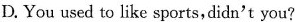
D. You used to like sports, didn't you?